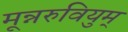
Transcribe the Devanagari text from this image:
मून्नरुवियुम्